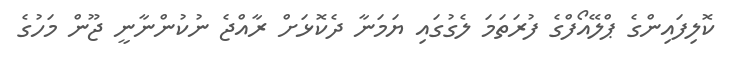
ކޮލިފައިންގެ ޕްލޭއޯފްގެ ފުރަތަމަ ލެގުގައި ޔަމަނާ ދެކޮޅަށް ރާއްޖެ ނުކުންނާނީ ޖޫން މަހުގެ